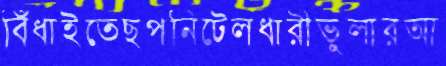
বিঁধাইতেছপনিটেলধারীভুলারআ